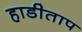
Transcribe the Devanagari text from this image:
हाडीताप